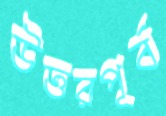
উত্তরপূর্ব